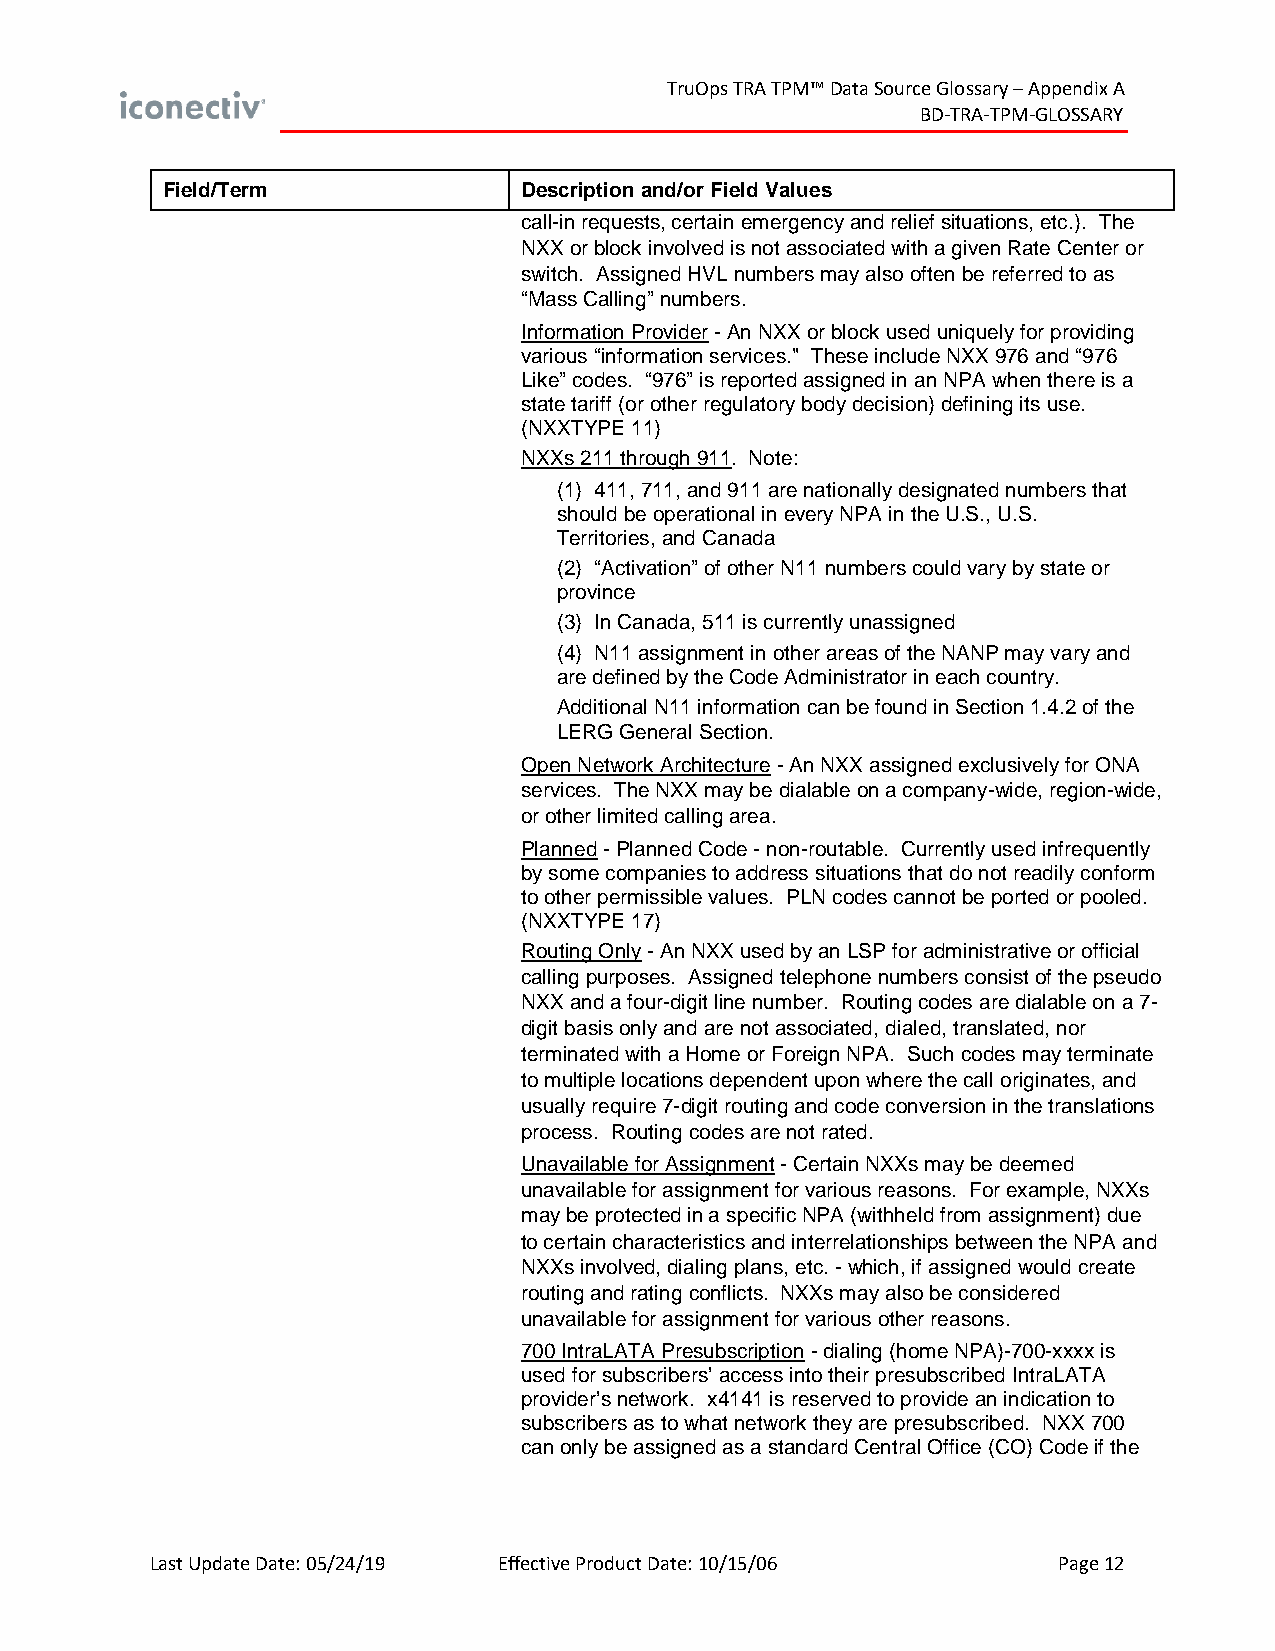
TruOps TRA TPM™ Data Source Glossary – Appendix A
 BD-TRA-TPM-GLOSSARY
 Field/Term             Description and/or Field Values
 call-in requests, certain emergency and relief situations, etc.). The
 NXX or block involved is not associated with a given Rate Center or
 switch. Assigned HVL numbers may also often be referred to as
 “Mass Calling” numbers.
 Information Provider - An NXX or block used uniquely for providing
 various “information services." These include NXX 976 and “976
 Like” codes. “976” is reported assigned in an NPA when there is a
 state tariff (or other regulatory body decision) defining its use.
 (NXXTYPE 11)
 NXXs 211 through 911. Note:
 (1) 411, 711, and 911 are nationally designated numbers that
 should be operational in every NPA in the U.S., U.S.
 Territories, and Canada
 (2) “Activation” of other N11 numbers could vary by state or
 province
 (3) In Canada, 511 is currently unassigned
 (4) N11 assignment in other areas of the NANP may vary and
 are defined by the Code Administrator in each country.
 Additional N11 information can be found in Section 1.4.2 of the
 LERG General Section.
 Open Network Architecture - An NXX assigned exclusively for ONA
 services. The NXX may be dialable on a company-wide, region-wide,
 or other limited calling area.
 Planned - Planned Code - non-routable. Currently used infrequently
 by some companies to address situations that do not readily conform
 to other permissible values. PLN codes cannot be ported or pooled.
 (NXXTYPE 17)
 Routing Only - An NXX used by an LSP for administrative or official
 calling purposes. Assigned telephone numbers consist of the pseudo
 NXX and a four-digit line number. Routing codes are dialable on a 7-
 digit basis only and are not associated, dialed, translated, nor
 terminated with a Home or Foreign NPA. Such codes may terminate
 to multiple locations dependent upon where the call originates, and
 usually require 7-digit routing and code conversion in the translations
 process. Routing codes are not rated.
 Unavailable for Assignment - Certain NXXs may be deemed
 unavailable for assignment for various reasons. For example, NXXs
 may be protected in a specific NPA (withheld from assignment) due
 to certain characteristics and interrelationships between the NPA and
 NXXs involved, dialing plans, etc. - which, if assigned would create
 routing and rating conflicts. NXXs may also be considered
 unavailable for assignment for various other reasons.
 700 IntraLATA Presubscription - dialing (home NPA)-700-xxxx is
 used for subscribers’ access into their presubscribed IntraLATA
 provider’s network. x4141 is reserved to provide an indication to
 subscribers as to what network they are presubscribed. NXX 700
 can only be assigned as a standard Central Office (CO) Code if the
 Last Update Date: 05/24/19 Effective Product Date: 10/15/06 Page 12